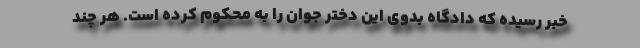
خبر رسیده که دادگاه بدوی این دختر جوان را به محکوم کرده است. هر چند